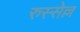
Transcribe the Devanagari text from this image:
रुस्सेल्ल